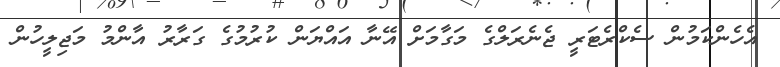
އެހެންކަމުން ސެކްރެޓަރީ ޖެނެރަލްގެ މަގާމަށް އޭނާ އައްޔަން ކުރުމުގެ ގަރާރު އާންމު މަޖިލީހުން